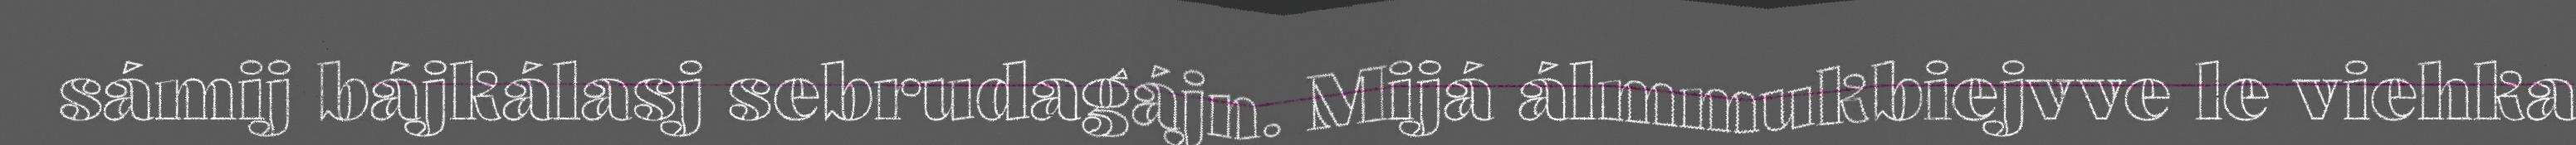
sámij bájkálasj sebrudagájn. Mijá álmmukbiejvve le viehka